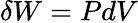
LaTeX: \delta W=PdV